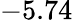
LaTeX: -5.74